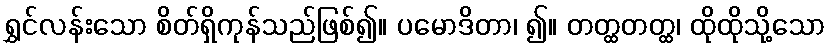
ရွှင်လန်းသော စိတ်ရှိကုန်သည်ဖြစ်၍။ ပမောဒိတာ၊ ၍။ တတ္ထတတ္ထ၊ ထိုထိုသို့သော